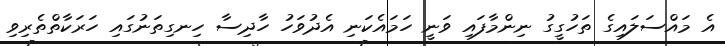
އެ މައްސަލައިގެ ތަހުގީގު ނިންމާފައި ވަނީ ހަމައެކަނި އެދުވަހު ހާދިސާ ހިނގިތަނުގައި ހަރަކާތްތެރިވި